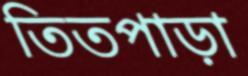
তিতপাড়া